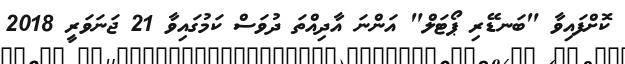
ކޮށްފައިވާ "ބަނޑޭރި ޕޯޓަލް" އަންނަ އާދިއްތަ ދުވަސް ކަމުގައިވާ 21 ޖަނަވަރީ 2018